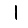
Digit: 1